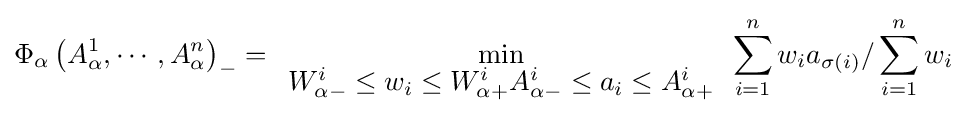
\Phi _{\alpha }\left({A_{\alpha }^{1},\cdots ,A_{\alpha }^{n}}\right)_{-}=\min \limits _{\begin{array}{l}W_{\alpha -}^{i}\leq w_{i}\leq W_{\alpha +}^{i}A_{\alpha -}^{i}\leq a_{i}\leq A_{\alpha +}^{i}\end{array}}\sum \limits _{i=1}^{n}{w_{i}a_{\sigma (i)}/\sum \limits _{i=1}^{n}{w_{i}}}